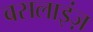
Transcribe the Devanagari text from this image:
बसलाइंज़